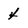
Character: 4